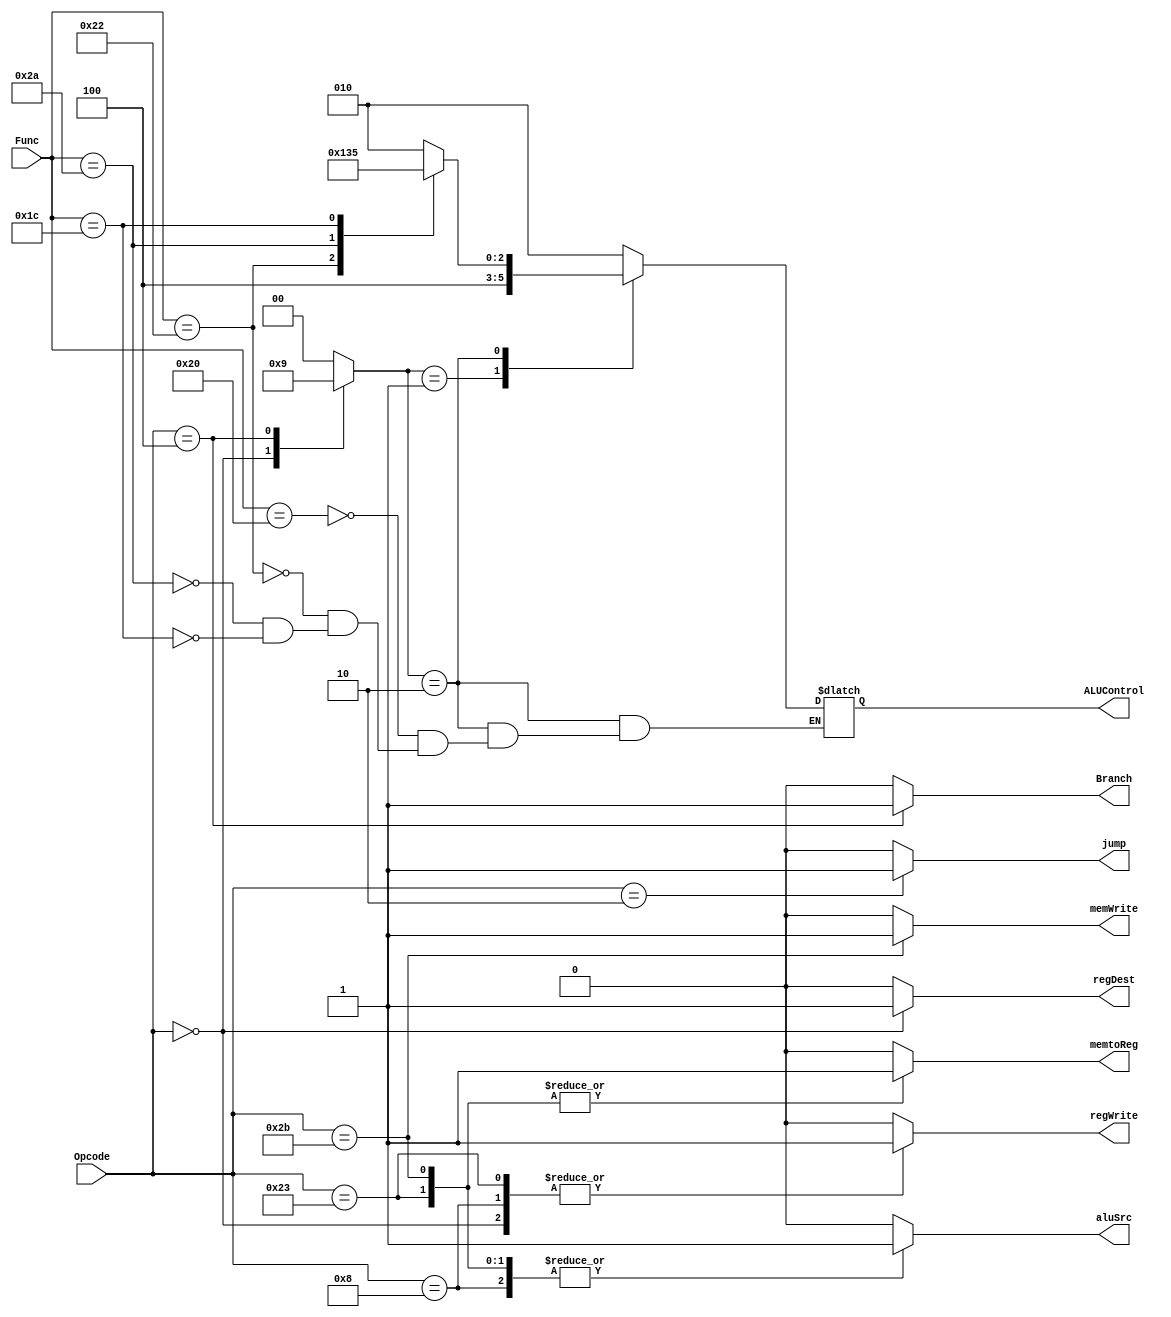
module ControlUnit (
input wire [5:0]    Opcode,
input wire [5:0]    Func,

output reg          jump ,
output reg          memtoReg ,
output reg          memWrite ,
output reg          Branch ,
output reg          aluSrc ,
output reg          regDest ,
output reg          regWrite ,
output reg [2:0]    ALUControl
);

reg [1:0]           ALUOp ;

always @(*)
    begin 
        case(Opcode)
        6'b100011:begin
             jump=0 ;
             ALUOp=00 ;
             memWrite=0 ;
             regWrite=1 ; 
             regDest=0 ;
             aluSrc=1 ;
             memtoReg=1 ;
             Branch=0 ;
              end
        6'b101011:begin
             jump=0 ;
             ALUOp=00 ;
             memWrite=1 ;
             regWrite=0 ; 
             regDest=0 ;
             aluSrc=1 ;
             memtoReg=1 ;
             Branch=0 ;
              end
        6'b000000:begin
             jump=0 ;
             ALUOp=10 ;
             memWrite=0 ;
             regWrite=1 ; 
             regDest=1 ;
             aluSrc=0 ;
             memtoReg=0 ;
             Branch=0 ;
              end
        6'b001000:begin
             jump=0 ;
             ALUOp=00 ;
             memWrite=0 ;
             regWrite=1 ; 
             regDest=0 ;
             aluSrc=1 ;
             memtoReg=0 ;
             Branch=0 ;
              end
        6'b000100:begin
             jump=0 ;
             ALUOp=01 ;
             memWrite=0 ;
             regWrite=0 ; 
             regDest=0 ;
             aluSrc=0 ;
             memtoReg=0 ;
             Branch=1 ;
              end
        6'b000010:begin
             jump=1 ;
             ALUOp=00 ;
             memWrite=0 ;
             regWrite=0 ; 
             regDest=0 ;
             aluSrc=0 ;
             memtoReg=0 ;
             Branch=0 ;
              end
        default:begin
             jump=0 ;
             ALUOp=00 ;
             memWrite=0 ;
             regWrite=0 ; 
             regDest=0 ;
             aluSrc=0 ;
             memtoReg=0 ;
             Branch=0 ;
              end
        endcase


        case(ALUOp)
        2'b00:  ALUControl = 3'b010;
        2'b01:  ALUControl = 3'b100;
        2'b10:  case(Func)
                     6'b100000:ALUControl = 3'b010;
                     6'b100010:ALUControl = 3'b100;
                     6'b101010:ALUControl = 3'b110;
                     6'b011100:ALUControl = 3'b101;
                endcase
        default:ALUControl = 3'b010;
        
        endcase
    end
endmodule